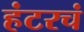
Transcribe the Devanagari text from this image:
हंटरचं